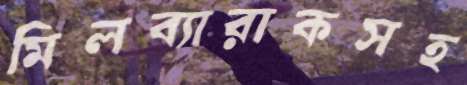
মিলব্যারাকসহ